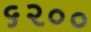
૬૨૦૦